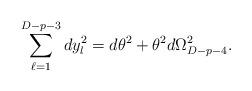
LaTeX: \begin{align*}\sum_{\ell=1}^{D-p-3}d y^{2}_{l}= d\theta^{2} +\theta^{2}d \Omega^{2}_{D-p-4}.\end{align*}